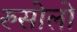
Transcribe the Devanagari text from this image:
रुसोलो